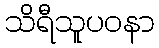
သိရီသူပဝနာ